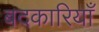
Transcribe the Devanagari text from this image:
बदकारियाँ